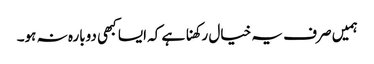
ہمیں صرف یہ خیال رکھنا ہے کہ ایسا کبھی دوبارہ نہ ہو۔